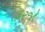
ફરજો